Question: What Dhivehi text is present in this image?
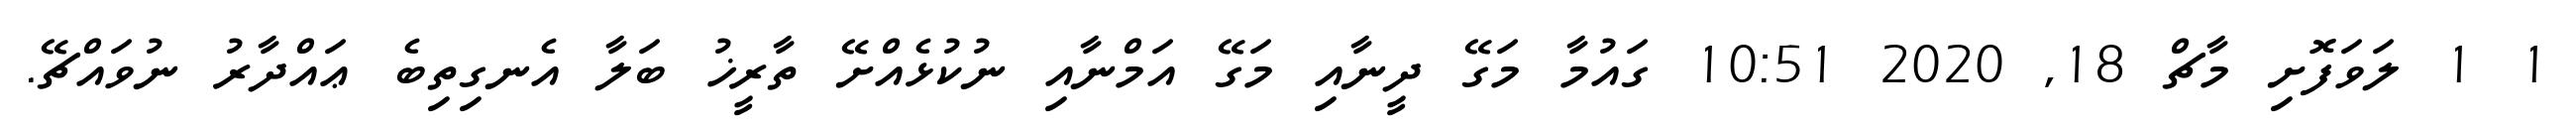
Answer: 1 1 ލަވަފޮށި މާޗް 18, 2020 10:51 ގައުމާ މަގޭ ދީނާއި މަގޭ އަމްނާއި ނުކުޅެއްށޭ ތާރީޚު ބަލާ އެނގިތިބެ ޢައްދާރު ނުވައްޗޭ.